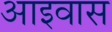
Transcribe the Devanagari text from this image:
आइवास